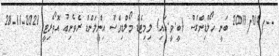
--/2019/014 ބަނީ ހޯލްޑިންގްސް (ބީ.ވީ.އައި) ލިމިޓެޑް މޯލްޑިވްސް އިންލަންޑް ރެވެނިއު އޮތޯރިޓީ 2021-11-28